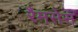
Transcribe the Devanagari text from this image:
रैमसेस